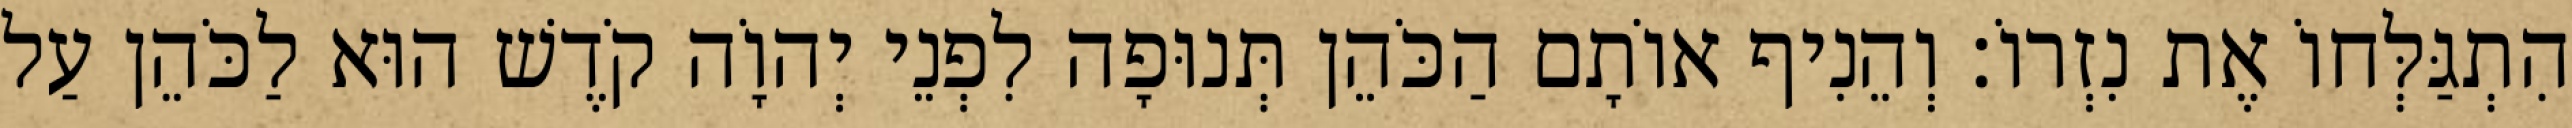
הִתְגַּלְּחוֹ אֶת נִזְרוֹ׃ וְהֵנִיף אוֹתָם הַכֹּהֵן תְּנוּפָה לִפְנֵי יְהוָֹה קֹדֶשׁ הוּא לַכֹּהֵן עַל